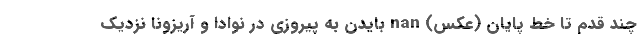
چند قدم تا خط پایان (عکس) nan بایدن به پیروزی در نوادا و آریزونا نزدیک